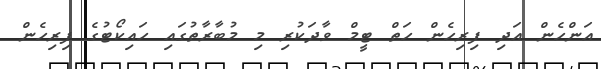
އަންހެން އަދި ފިރިހެން ހަތް ޓީމް ވާދަކުރި މި މުބާރާތުގައި ހައިކޯޓުގެ ފިރިހެން